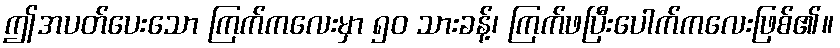
ဤအပတ်ပေးသော ကြက်ကလေးမှာ ၅၀ သားခန့်၊ ကြက်ဖပြီးပေါက်ကလေးဖြစ်၏။